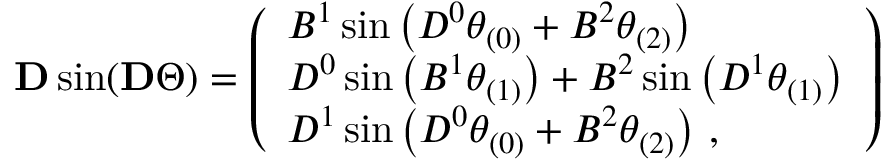
\begin{array} { r } { \mathbf { D } \sin ( \mathbf { D } \Theta ) = \left( \begin{array} { l } { B ^ { 1 } \sin \left( D ^ { 0 } \theta _ { ( 0 ) } + B ^ { 2 } \theta _ { ( 2 ) } \right) } \\ { D ^ { 0 } \sin \left( B ^ { 1 } \theta _ { ( 1 ) } \right) + B ^ { 2 } \sin \left( D ^ { 1 } \theta _ { ( 1 ) } \right) } \\ { D ^ { 1 } \sin \left( D ^ { 0 } \theta _ { ( 0 ) } + B ^ { 2 } \theta _ { ( 2 ) } \right) \, , } \end{array} \right) } \end{array}